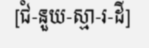
[ជំ-នួយ-ស្មា-រ-ដី]